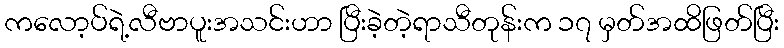
ကလော့ပ်ရဲ့လီဗာပူးအသင်းဟာ ပြီးခဲ့တဲ့ရာသီတုန်းက ၁၇ မှတ်အထိဖြတ်ပြီး